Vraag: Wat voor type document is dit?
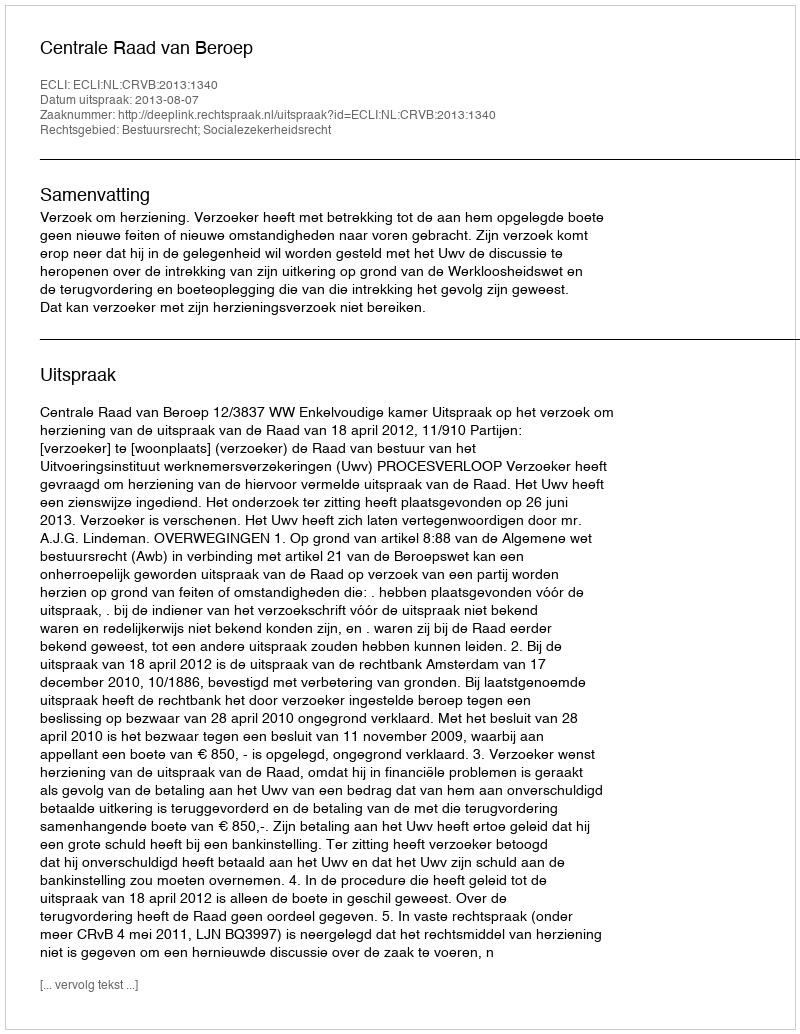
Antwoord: Uitspraak